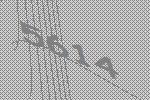
5614